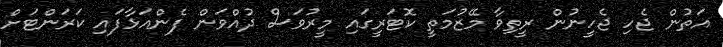
އަތުން ޖެހި ޖެހީނުން ރީތިވާ މޭޒުމަތީ ކޮޓަރީގައި މީރުވަސް ދުއްވަން ފެންއަޅާފައި ކަރަންޓަށް